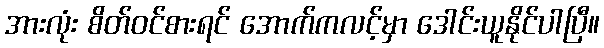
အားလုံး စိတ်ဝင်စားရင် အောက်ကလင့်မှာ ဒေါင်းယူနိုင်ပါပြီ။